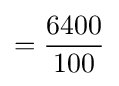
={6400 \over 100}